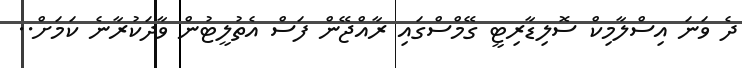
ދެ ވަނަ އިސްލާމިކް ސޮލިޑާރިޓީ ގޭމްސްގައި ރާއްޖޭން ފަސް އެތުލީޓުން ވާދަކުރާނެ ކަމަށް..